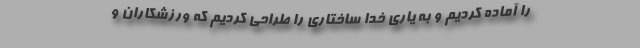
را آماده کردیم و به یاری خدا ساختاری را طراحی کردیم که ورزشکاران و